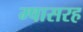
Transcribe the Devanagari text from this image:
म्षासरह